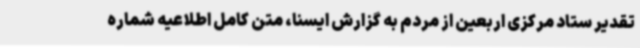
تقدیر ستاد مرکزی اربعین از مردم به گزارش ایسنا، متن کامل اطلاعیه شماره